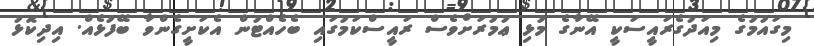
މިގައުމުގެ މިއަދުގެރައީސަކީ އޭނާގެ މުޅި ޢުމުރަށްވެސް ރައީސްކަމުގައި ބެހެއްޓުން އެކަށީގެންވާ ބޭފުޅެއް. އިދިކޮޅު